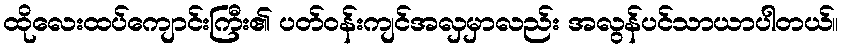
ထိုလေးထပ်ကျောင်းကြီး၏ ပတ်ဝန်းကျင်အလှမှာလည်း အလွန်ပင်သာယာပါတယ်။